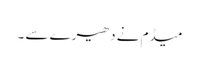
میڈم نے دھیرے سے ۔